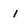
Character: i